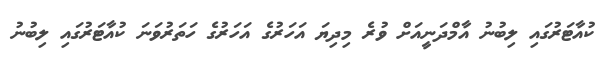
ކުއާޓަރުގައި ލިބުނު އާމްދަނީއަށް ވުރެ މިދިޔަ އަހަރުގެ އަހަރުގެ ހަތަރުވަނަ ކުއާޓަރުގައި ލިބުނު